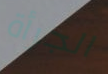
الجرأة